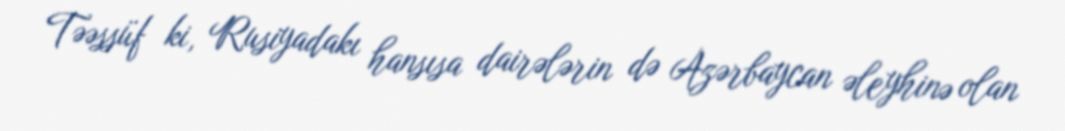
Təəssüf ki, Rusiyadakı hansısa dairələrin də Azərbaycan əleyhinə olan